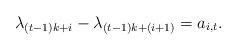
LaTeX: \begin{align*}\lambda_{(t-1)k+i}-\lambda_{(t-1)k+(i+1)}=a_{i,t}.\end{align*}